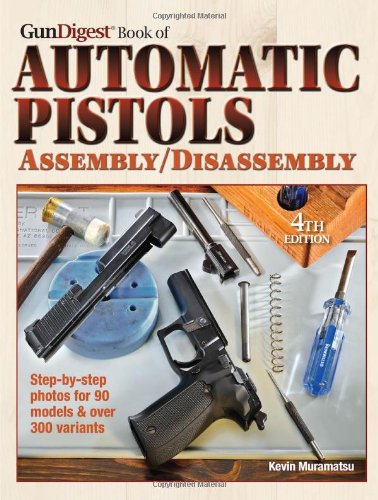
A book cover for The Gun Digest Book of Automatic Pistols Assembly/Disassembly; Kevin Muramatsu; Crafts, Hobbies & Home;